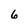
Character: 6